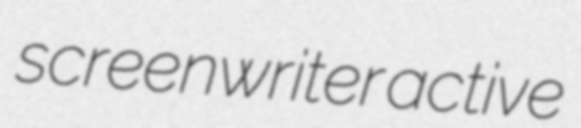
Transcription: screenwriter active